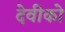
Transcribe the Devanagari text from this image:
देवीको